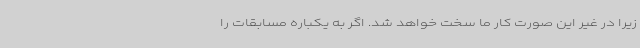
زیرا در غیر این صورت کار ما سخت خواهد شد. اگر به یکباره مسابقات را